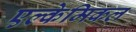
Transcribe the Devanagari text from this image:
एल्केमिकल